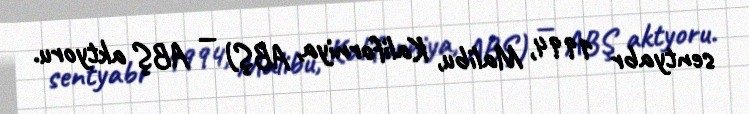
sentyabr 1994, Malibu, Kaliforniya, ABŞ) — ABŞ aktyoru.